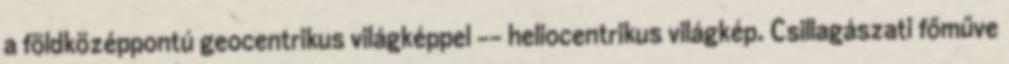
a földközéppontú geocentrikus világképpel -- heliocentrikus világkép. Csillagászati főműve